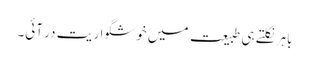
باہر نکلتے ہی طبیعت میں خوشگوار یت در آئی۔